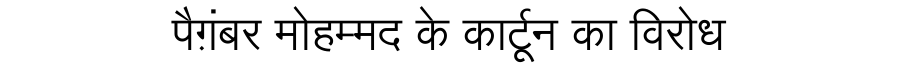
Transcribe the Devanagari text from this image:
पैग़ंबर मोहम्मद के कार्टून का विरोध